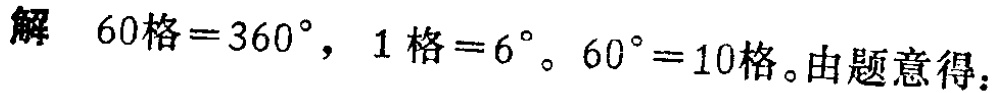
解 \(60\text{格}=360^{\circ}\)，\(1\text{格}=6^{\circ}\)。\(60^{\circ}=10\text{格}\)。由题意得：